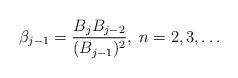
LaTeX: \begin{align*}\beta_{j-1} = \frac{B_jB_{j-2}}{(B_{j-1})^2},\; n=2,3,\dots\end{align*}